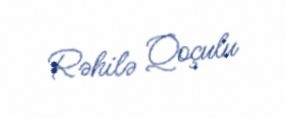
Rəhilə Qoçulu